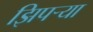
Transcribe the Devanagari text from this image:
झिपर्‍या